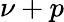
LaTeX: \nu+p